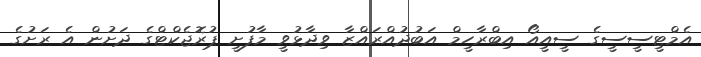
އެމްޓީސީސީގެ ސީއީއޯ އިބްރާހީމް އަބުދުއްރައްޒާ ވިދާޅުވީ މާފުށީ ޕުރޮޖެކްޓްގެ ދަށުން އެ ރަށުގެ